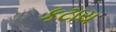
કટાય